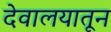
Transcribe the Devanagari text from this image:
देवालयातून